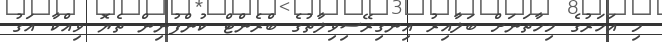
މި އަހަރުގެ މިހާތަނަށް ބަލާއިރު އިނގިރޭސިވިލާތުގެ ބްރެންޓް ކުންފުނިން ތެޔޮ ވިއްކާ އަގު